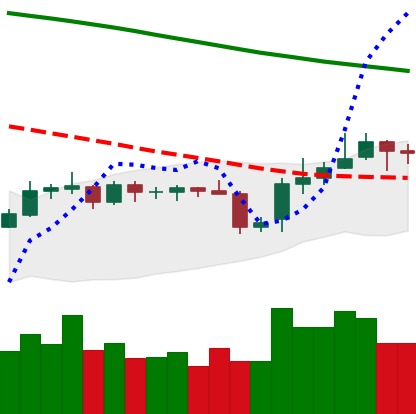
Ticker: BNB-USD
Chart end date: 2019-10-31
Forward return: 3.622%
Label: up_3_5